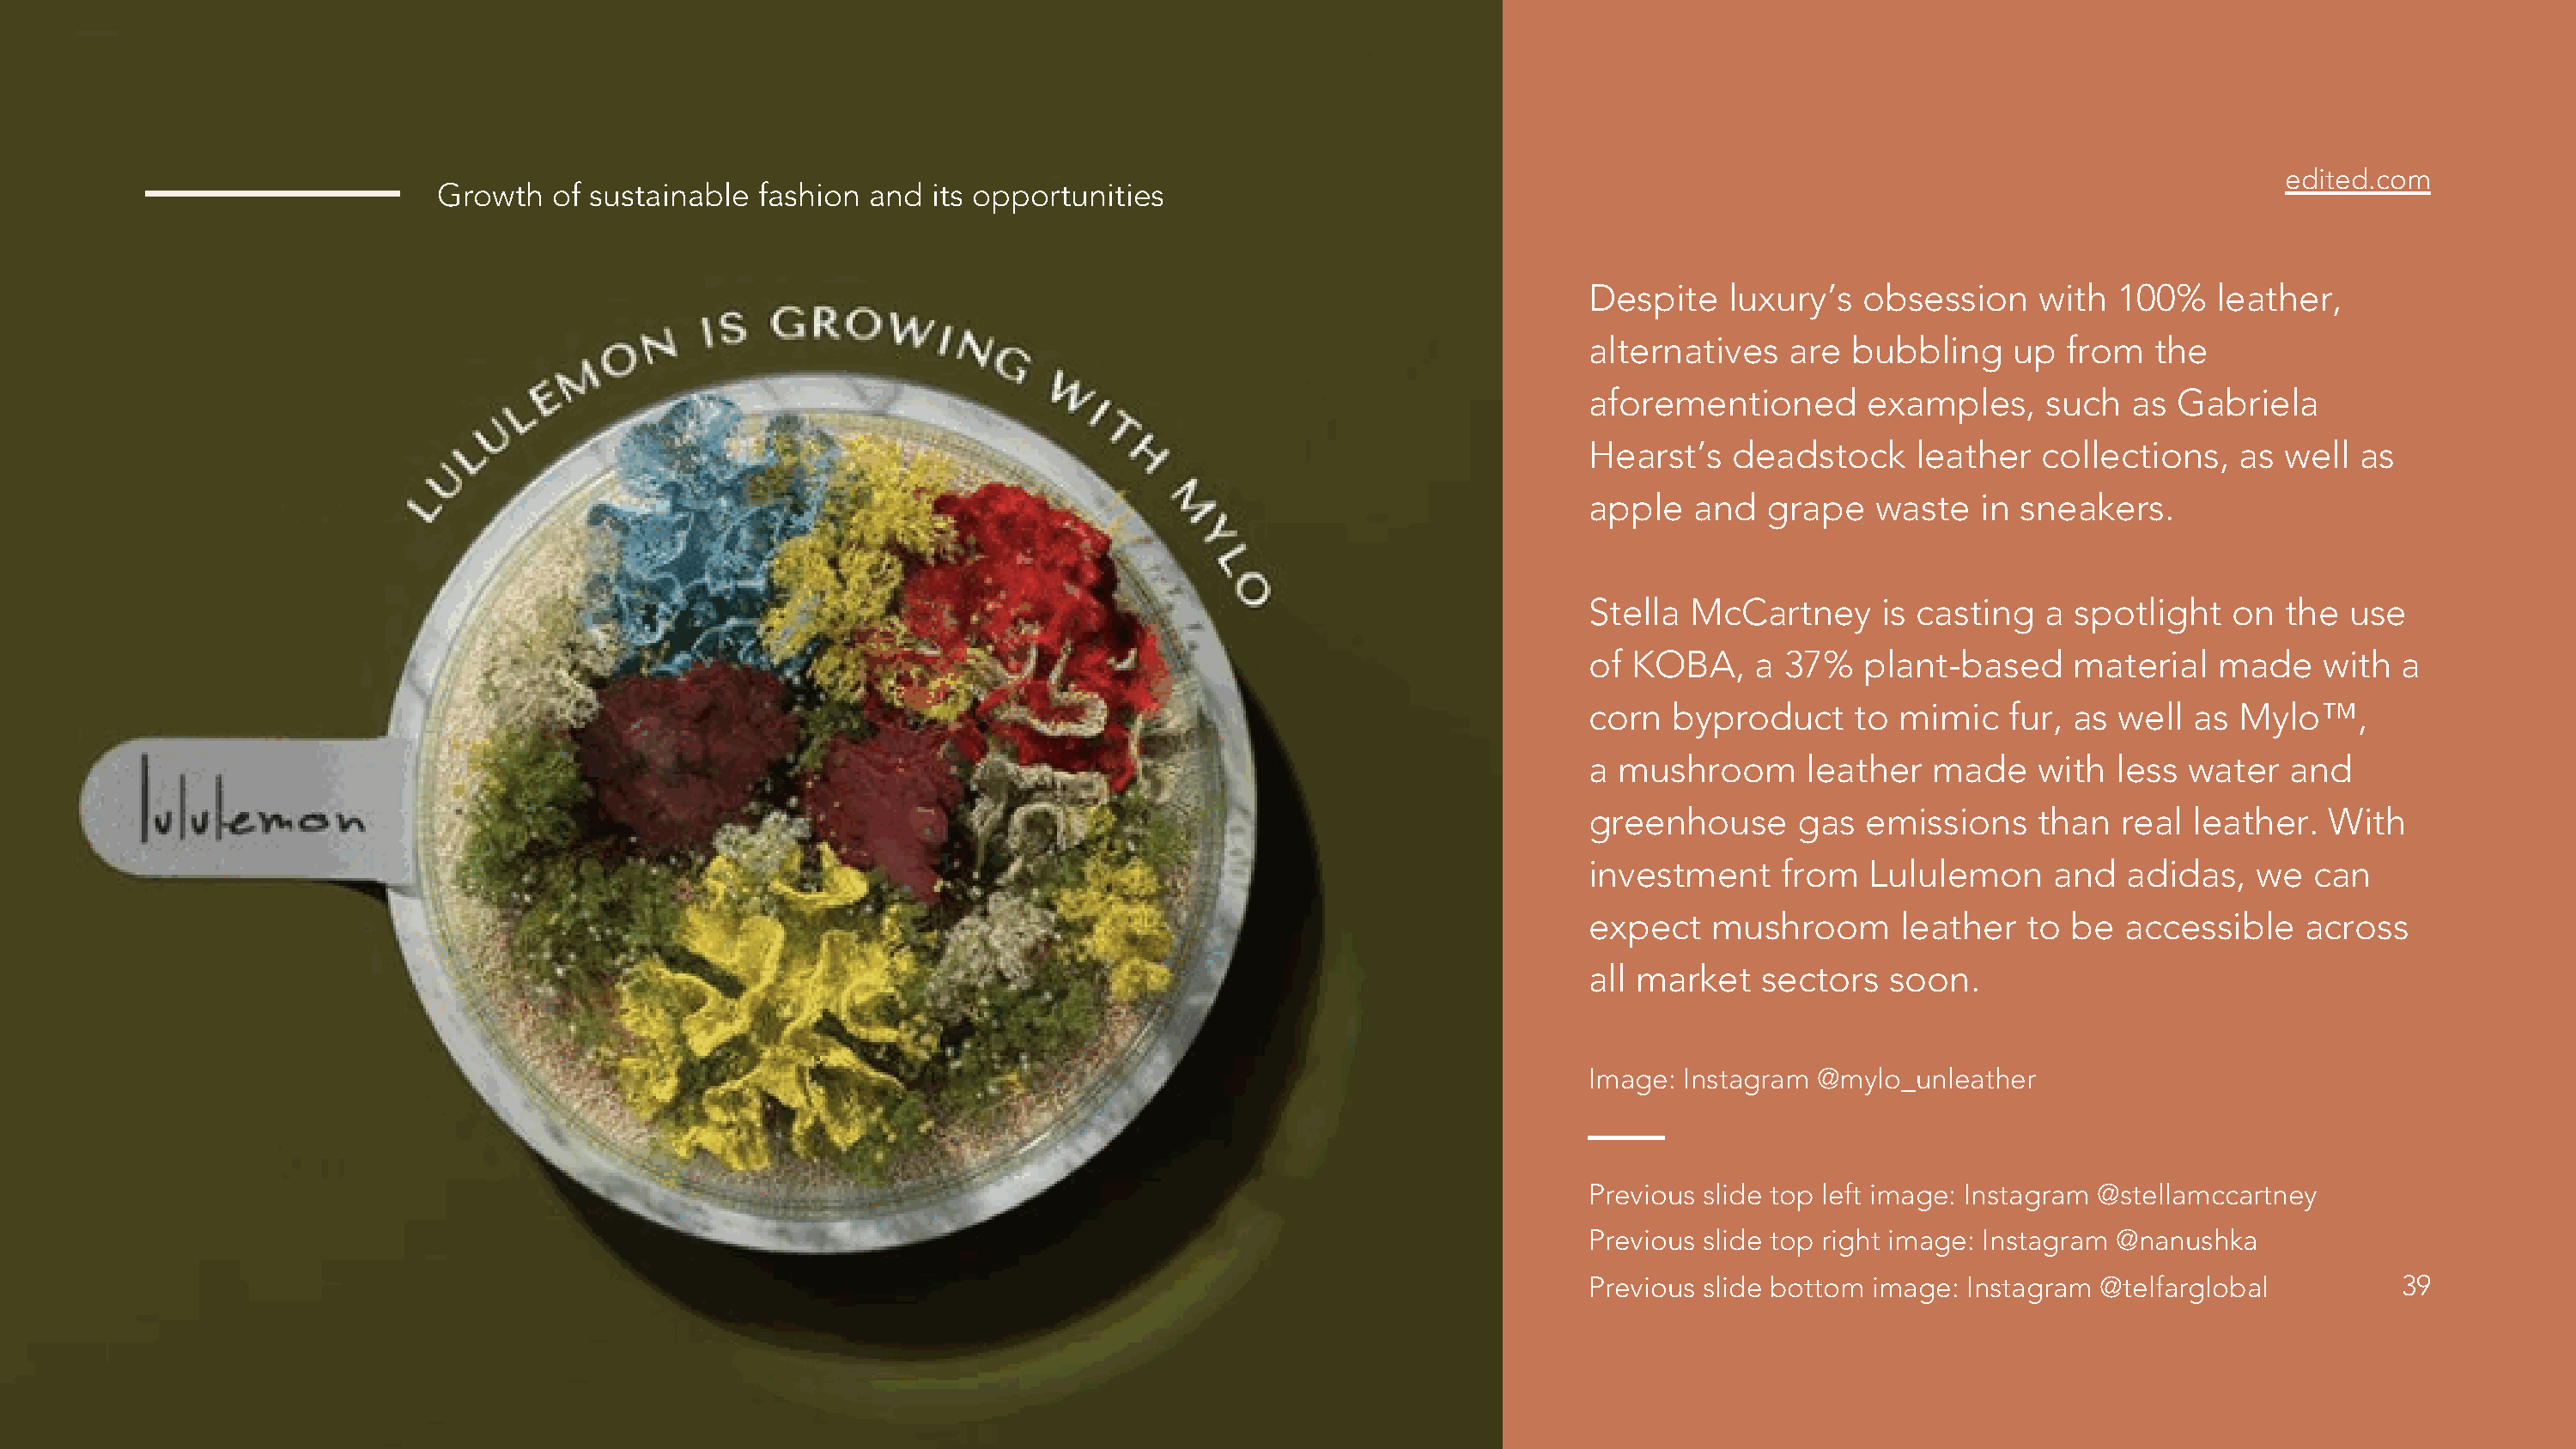
edited.com
 Growth   of sustainable fashion  and  its opportunities
 Despite    luxury’s   obsession    with  100%    leather,
 alternatives    are  bubbling    up  from   the
 aforementioned        examples,     such  as  Gabriela
 Hearst’s    deadstock     leather  collections,    as well  as
 apple    and  grape    waste   in sneakers.
 Stella  McCartney      is casting   a spotlight   on  the  use
 of  KOBA,    a  37%   plant-based     material   made    with  a
 corn   byproduct     to mimic    fur, as well  as  Mylo™,
 a  mushroom      leather   made    with  less  water   and
 greenhouse       gas  emissions    than   real leather.   With
 investment     from   Lululemon     and   adidas,   we  can
 expect    mushroom       leather  to  be  accessible    across
 all market    sectors   soon.
 Image:  Instagram @mylo_unleather
 Previous slide top left image: Instagram @stellamccartney
 Previous slide top right image: Instagram @nanushka
 Previous slide bottom image:  Instagram @telfarglobal          39